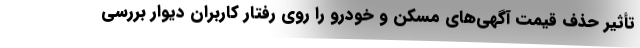
تأثیر حذف قیمت آگهی‌های مسکن و خودرو را روی رفتار کاربران دیوار بررسی